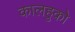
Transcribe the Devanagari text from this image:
कालहुको